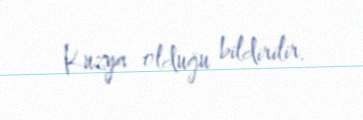
Kuzya olduğu bildirilir.